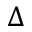
\Delta